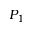
P _ { 1 }